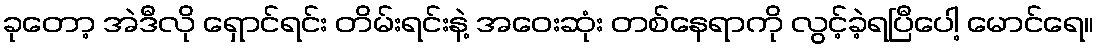
ခုတော့ အဲဒီလို ရှောင်ရင်း တိမ်းရင်းနဲ့ အဝေးဆုံး တစ်နေရာကို လွင့်ခဲ့ရပြီပေါ့ မောင်ရေ။